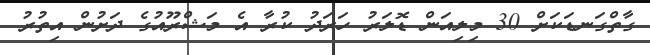
ގާތްގަނޑަކަށް 30 މިލިއަން ޑޮލަރު ހަރަދު ކުރާ އެ މަޝްރޫއުގެ ދަށުން އިތުރު